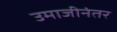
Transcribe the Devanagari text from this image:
उमाजीनंतर